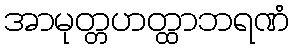
အာမုတ္တဟတ္ထာဘရဏံ